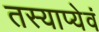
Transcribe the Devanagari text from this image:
तस्याप्येवं